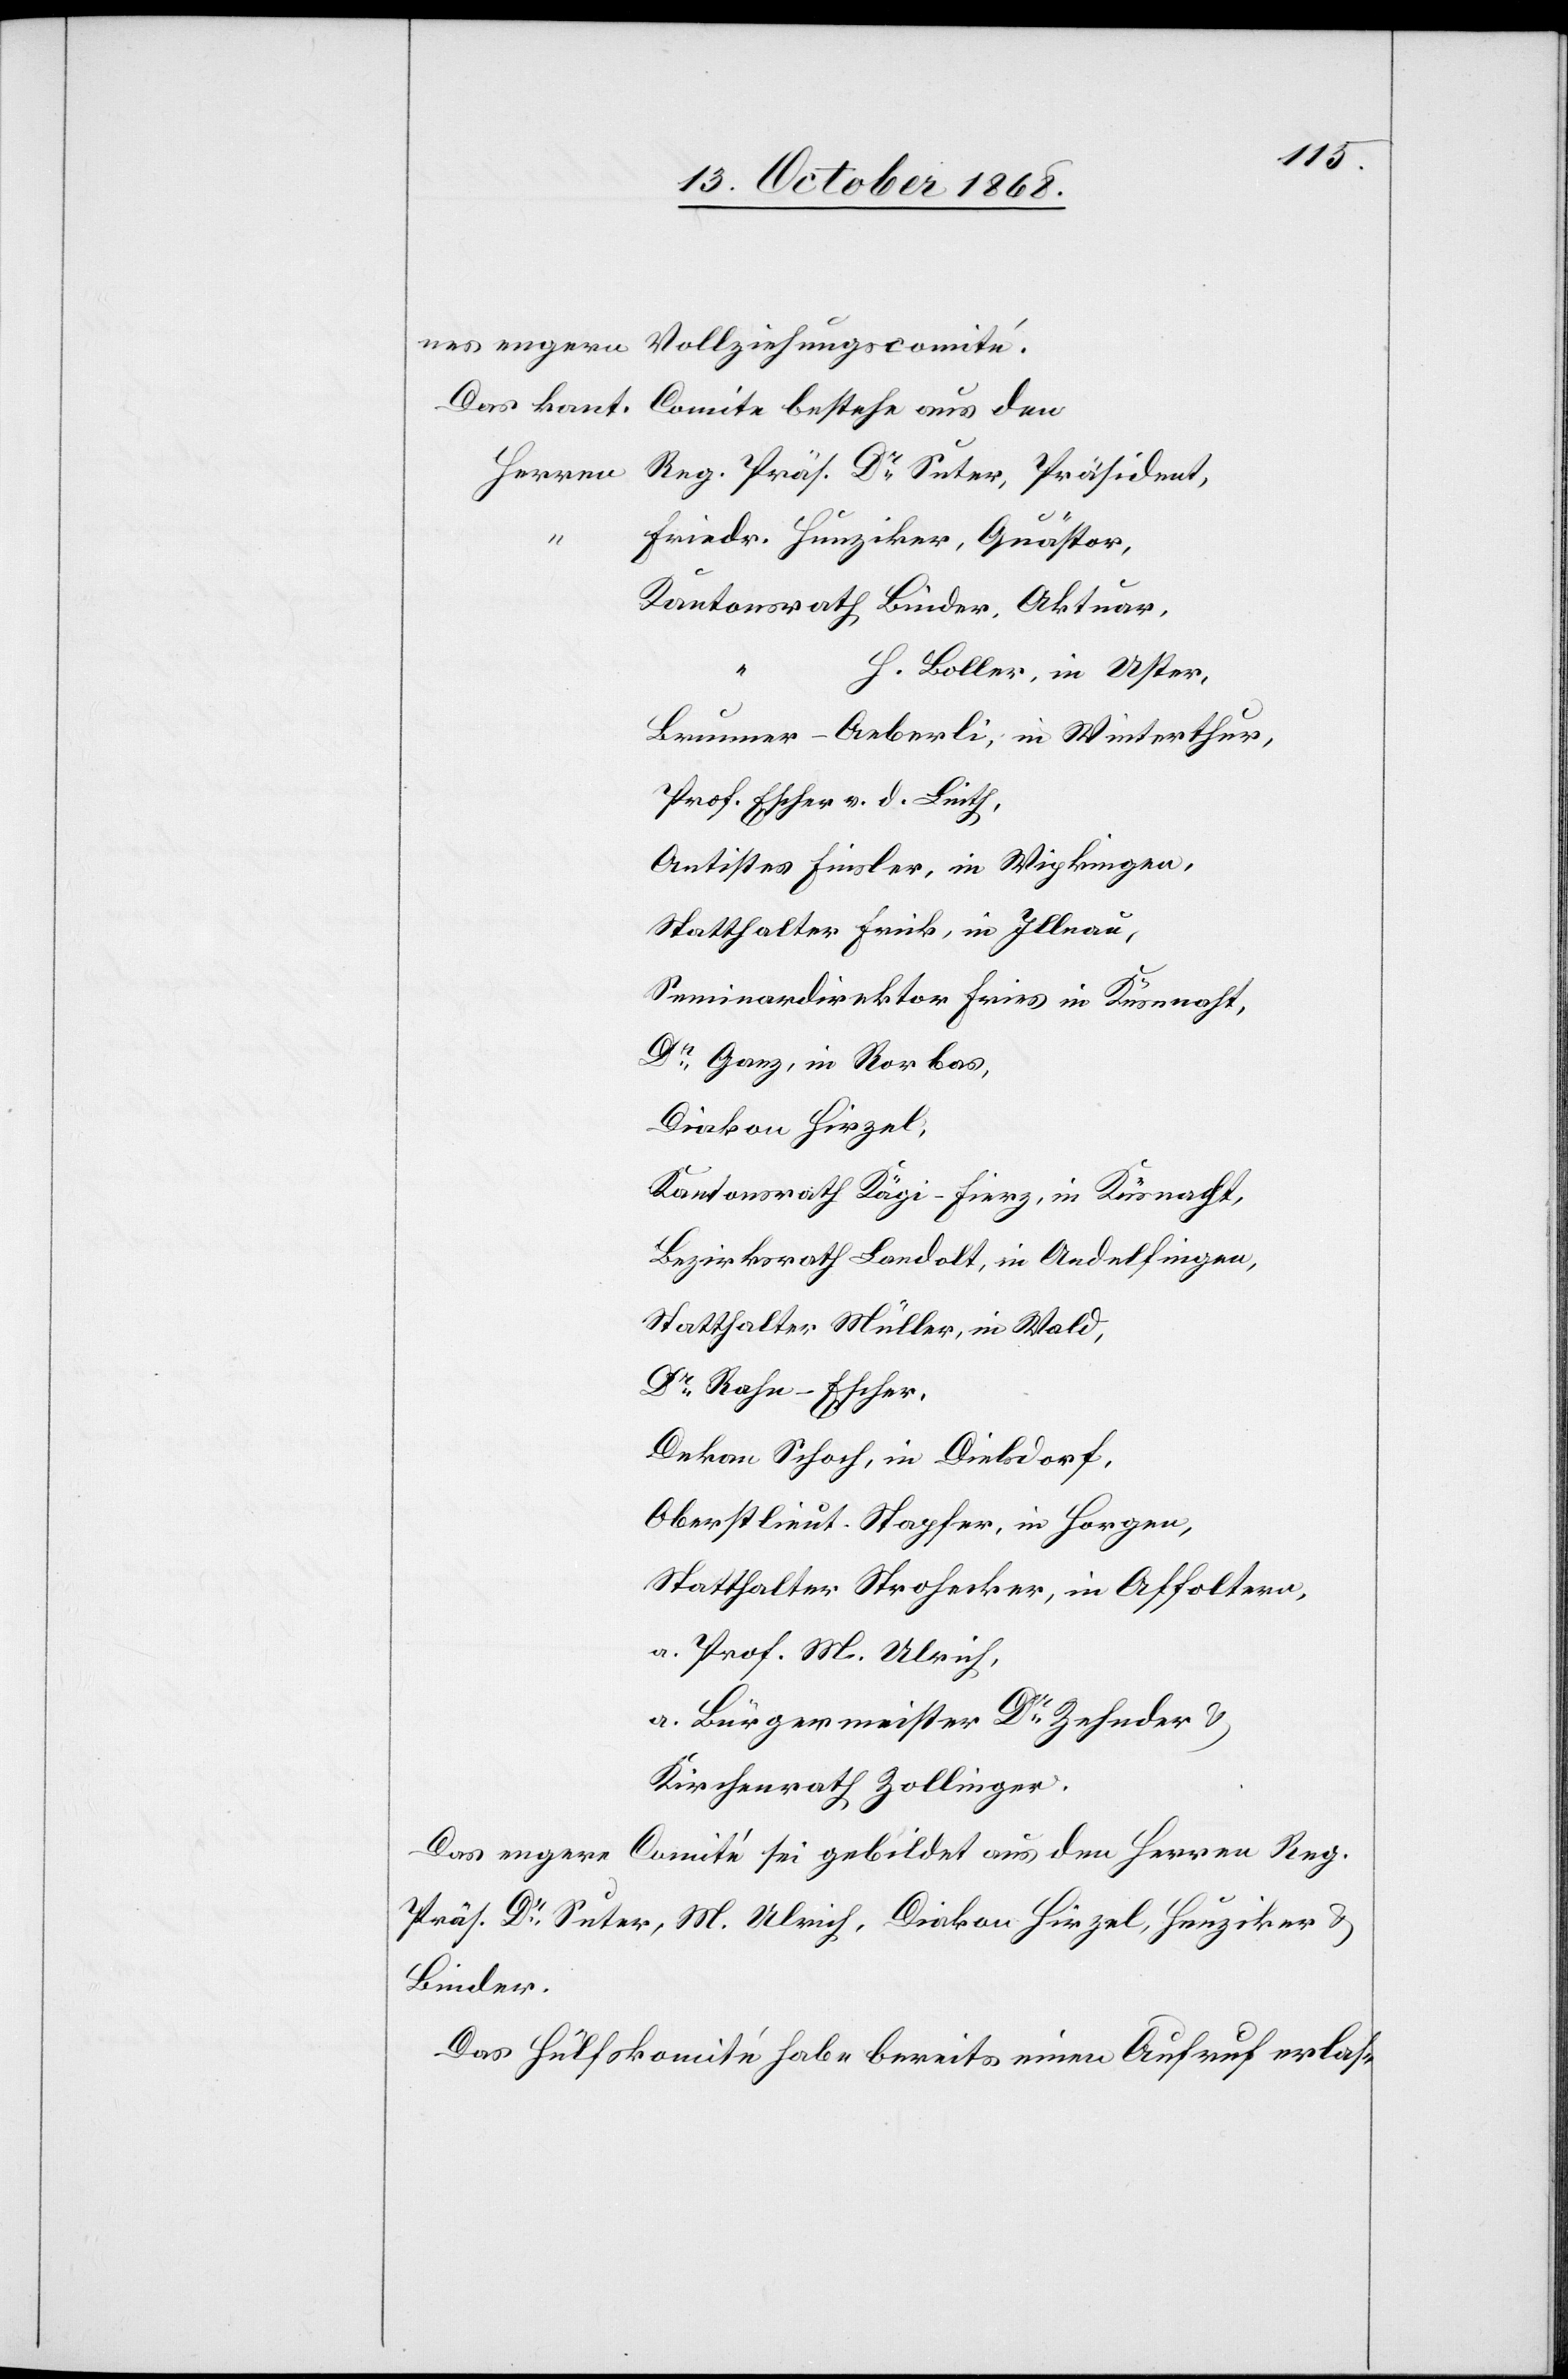
nes engern Vollziehungscomité.
Das kant. Comite bestehe aus den
Friedr. Hunziker, Quästor,
Kantonsrath Binder, Aktuar,
“
H. Boller, in Uster,
Brunner-Aeberli, in Winterthur,
Prof. Escher v. d. Linth,
Antistes Finsler, in Wipkingen,
Statthalter Frick, in Illnau,
Seminardirektor Fries in Küsnacht,
Dr Ganz, in Rorbas,
Diakon Hirzel,
Kantonsrath Kägi-Fierz, in Küsnacht,
Bezirksrath Landolt, in Andelfingen,
Statthalter Müller, in Wald,
Dr Rahn-Escher,
Dekan Schoch, in Dielsdorf,
Oberstlieut. Stapfer, in Horgen,
Statthalter Strohecker, in Affoltern,
a. Prof. M. Ulrich,
a. Bürgermeister Dr Zehnder &
Kirchenrath Zollinger.
Das engere Comité sei gebildet aus den Herren Reg.
Präs. Dr Suter, M. Ulrich, Diakon Hirzel, Hunziker &
Binder.
Das Hülfskomité habe bereits einen Aufruf erlas-